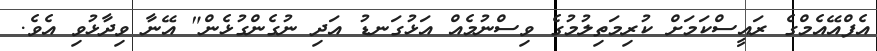
އެފްއޭއެމްގެ ރައީސްކަމަށް ކުރިމަތިލުމުގެ ވިސްނުމެއް އަޅުގަނޑު އަދި ނުގެންގުޅެން" އޭނާ ވިދާޅުވި އެވެ.